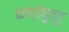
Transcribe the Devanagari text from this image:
कण्डेष़ुत्तु